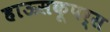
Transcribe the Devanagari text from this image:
हाऊसकूपर्स